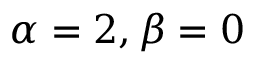
\alpha = 2 , \beta = 0